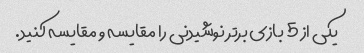
یکی از 5 بازی برتر نوشیدنی را مقایسه و مقایسه کنید.